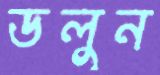
ডলুন